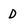
Character: D